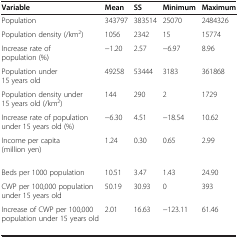
| Variable | Mean | SS | Minimum | Maximum |
 | --- | --- | --- | --- | --- |
 | Population | 343797 | 383514 | 25070 | 2484326 |
 | Population density (/km2) | 1056 | 2342 | 15 | 15774 |
 | Increase rate of population (%) | -1.20 | 2.57 | -6.97 | 8.96 |
 | Population under 15 years old | 49258 | 53444 | 3183 | 361868 |
 | Population density under 15 years old (/km2) | 144 | 290 | 2 | 1729 |
 | Increase rate of population under 15 years old (%) | -6.30 | 4.51 | -18.54 | 10.62 |
 | Income per capita (million yen) | 1.24 | 0.30 | 0.65 | 2.99 |
 | Beds per 1000 population | 10.51 | 3.47 | 1.43 | 24.90 |
 | CWP per 100,000 population under 15 years old | 50.19 | 30.93 | 0 | 393 |
 | Increase of CWP per 100,000 population under 15 years old | 2.01 | 16.63 | -123.11 | 61.46 |